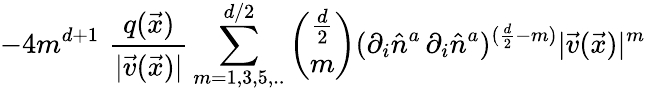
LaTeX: -4m^{d+1}\, \, \frac{q(\vec{x})}{|\vec{v}(\vec{x})|}\sum_{m=1,3,5,..}^{d/2}{\binom{\frac{d}{2}}{m}}(\partial_{i}\hat{n}^{a}\, \partial_{i}\hat{n}^{a})^{(\frac{d}{2}-m)}|\vec{v}(\vec{x})|^{m}